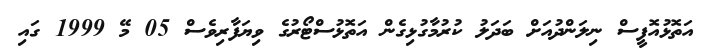
އަތޮޅުއޮފީސް ނިލަންދުއަށް ބަދަލު ކުރުމާގުޅިގެން އަތޮޅުސްޓޯރުގެ ވިޔަފާރިވެސް 05 މޭ 1999 ގައި